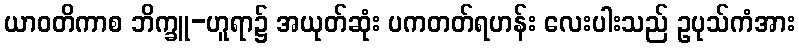
ယာဝတိကာစ ဘိက္ခူ-ဟူရာ၌ အယုတ်ဆုံး ပကတတ်ရဟန်း လေးပါးသည် ဥပုသ်ကံအား